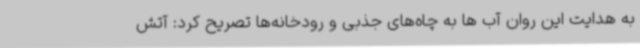
به هدایت این روان آب ها به چاه‌های جذبی و رودخانه‌ها تصریح کرد: آتش